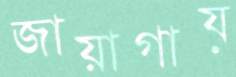
জায়াগায়